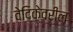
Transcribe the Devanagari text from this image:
वेदिकेवरील